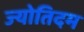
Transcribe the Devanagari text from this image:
ज्योतिदम